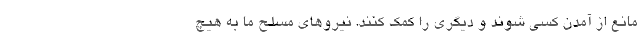
مانع از آمدن کسی شوند و دیگری را کمک کنند. نیروهای مسلح ما به هیچ